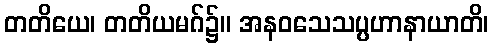
တတိယေ၊ တတိယမဂ်၌။ အနဝသေသပ္ပဟာနာယာတိ၊